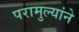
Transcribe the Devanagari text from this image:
परामुल्यांने